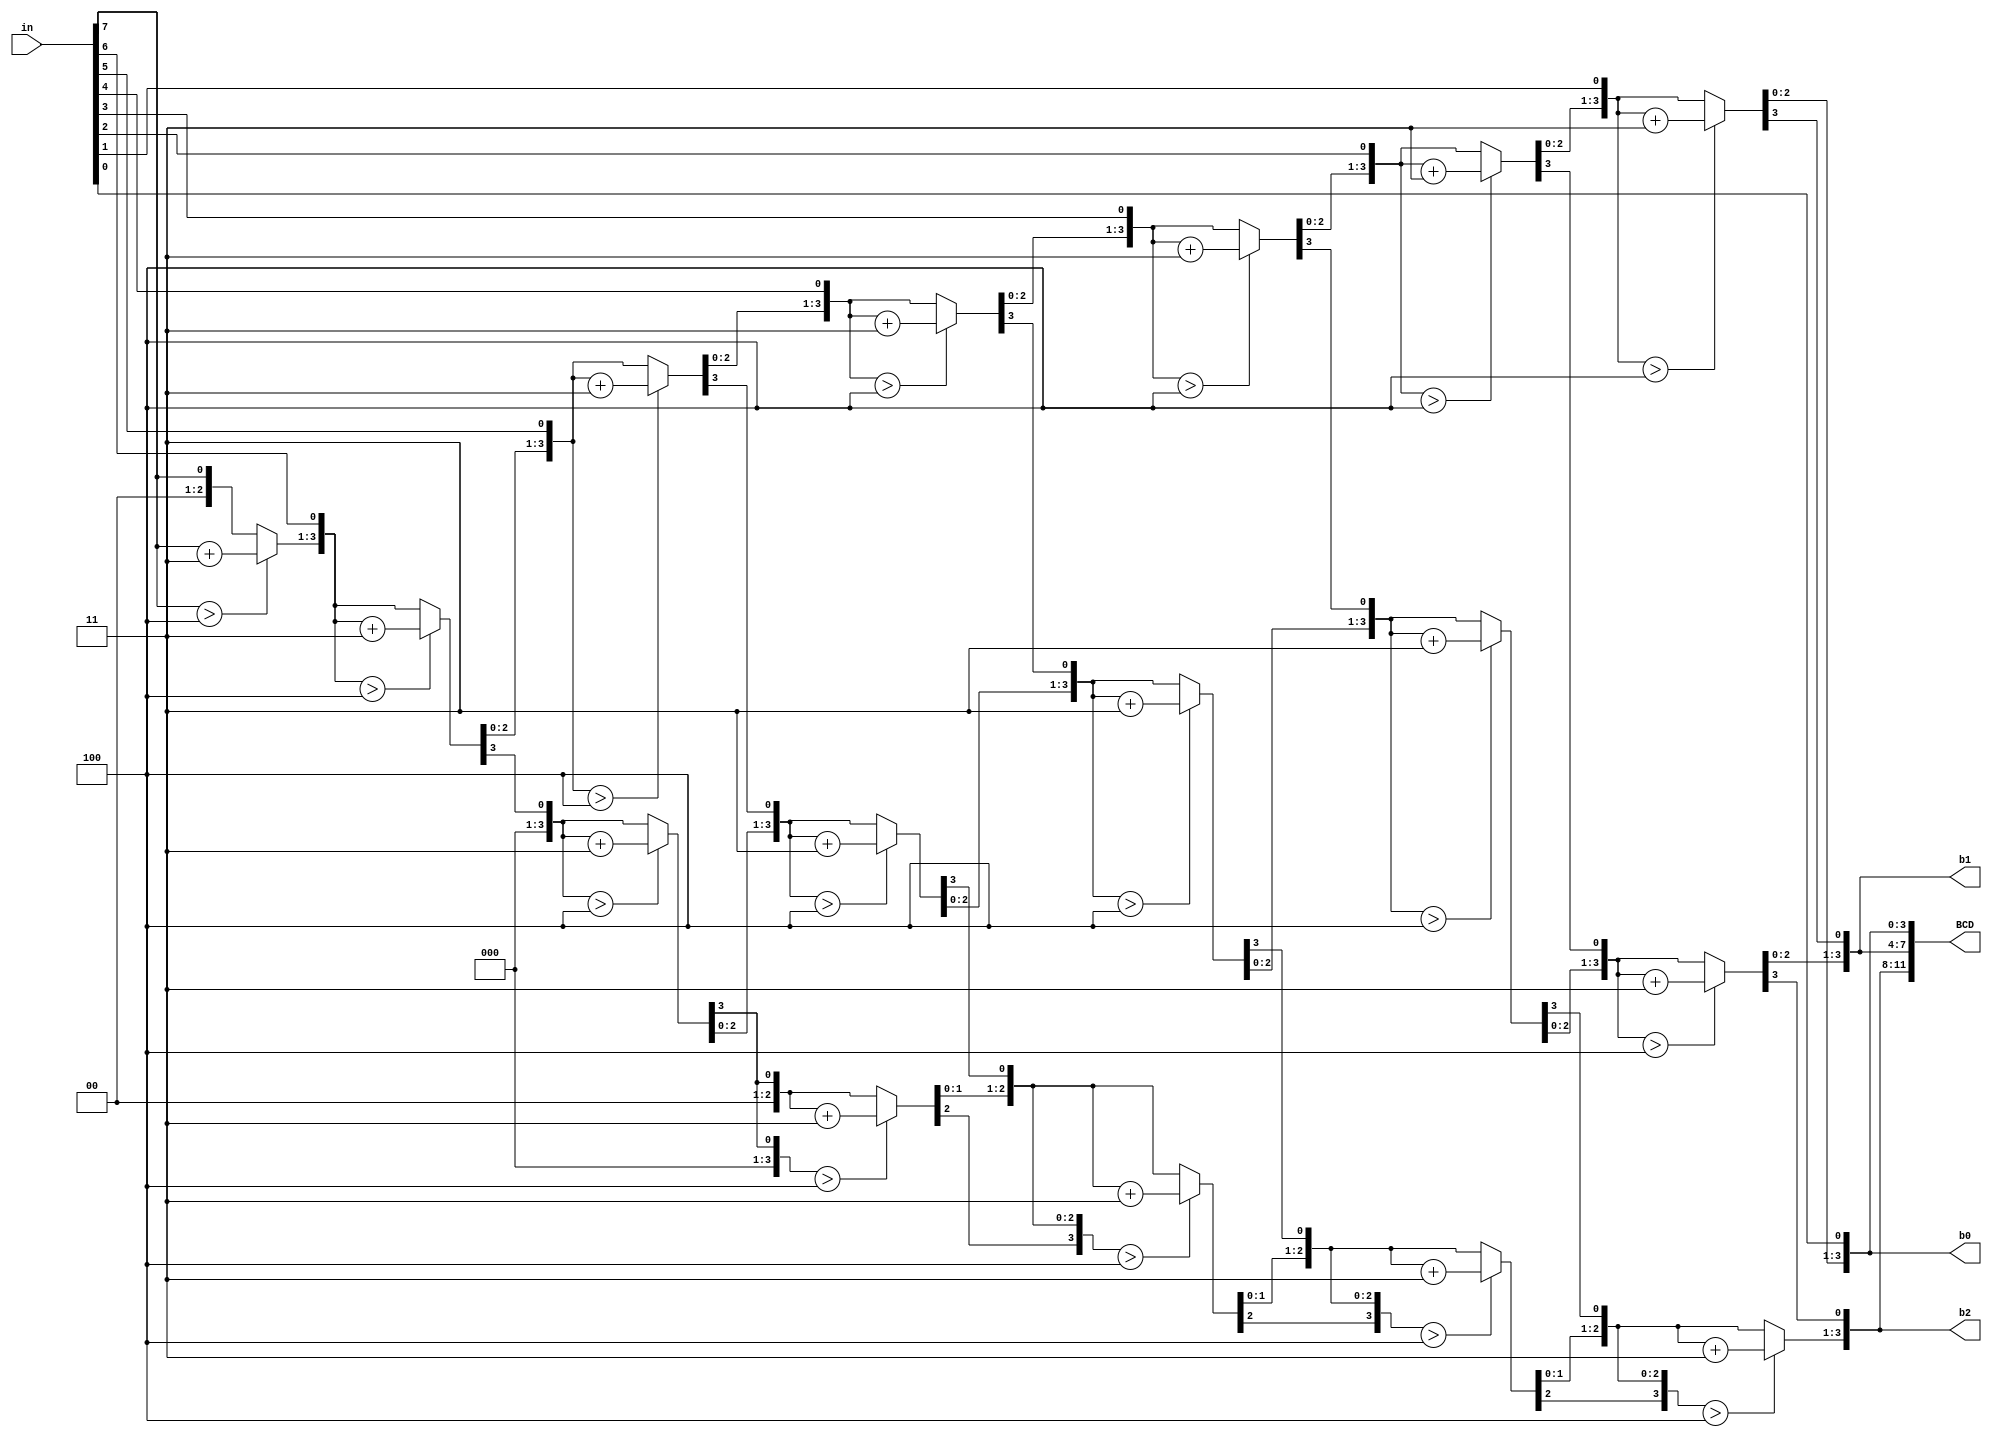
module bin_BCD(input [7:0]in, output reg [3:0] b0,b1,b2,output reg[11:0] BCD);
    integer i;
always@(in)
begin
	b0=0; b1=0; b2=0;
    for(i=0; i<8; i=i+1)
    begin
        if(b0>4) b0 = b0+3;
        if(b1>4) b1 = b1+3;
        if(b2>4) b2 = b2+3;
        {b2,b1,b0} = {b2,b1,b0,in[7-i]};
    end
    BCD= {b2, b1,b0};
end
endmodule